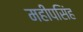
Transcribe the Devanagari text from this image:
महीपसिंह